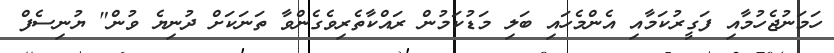
ހަމަނުޖެހުމާއި ފަގީރުކަމާއި އެންމެހައި ބަލި މަޑުކަމުން ރައްކާތެރިވެގެންވާ ތަނަކަށް ދުނިޔެ ވުން" ޔުނިސެފް